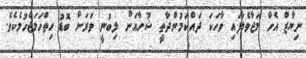
ނިޔާޒް އެހާ މަޖާވެލާފައި ވާހަކަ ދައްކަމުންދާތީ ޝުހާއަށް ލިބުނީ ވަރަށް ބޮޑު ހިތްހަމަޖެހުމެކެވެ.